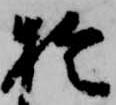
於